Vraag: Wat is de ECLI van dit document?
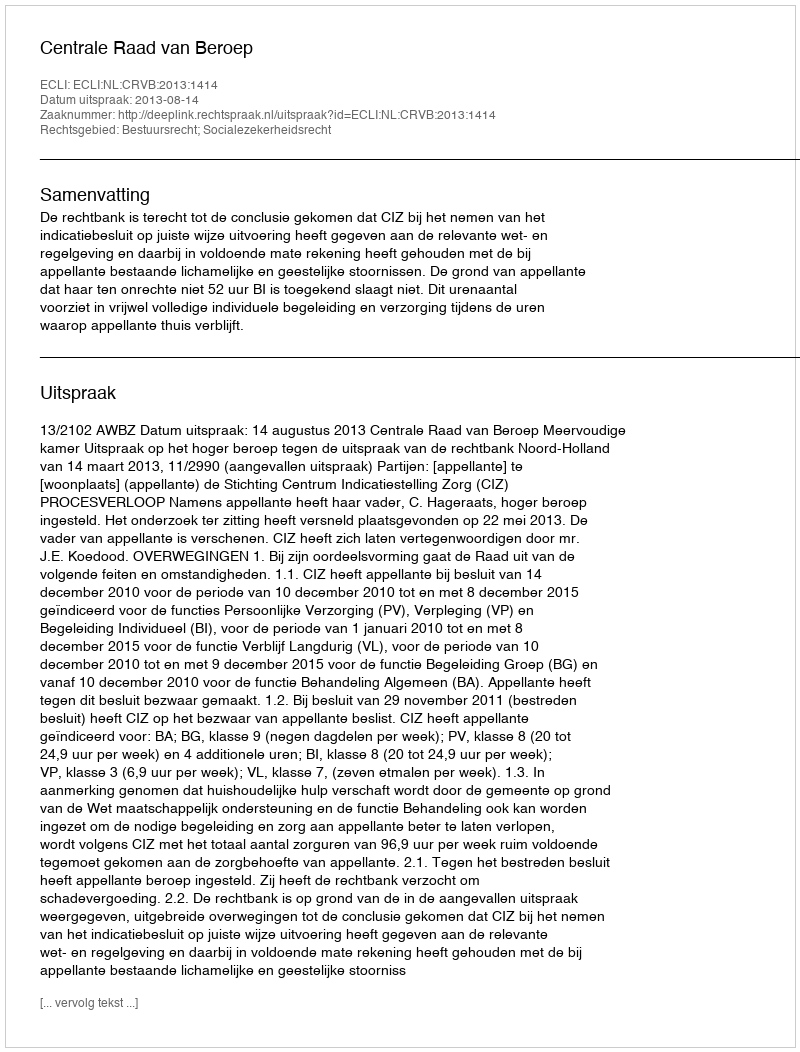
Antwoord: ECLI:NL:CRVB:2013:1414